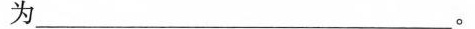
为___。